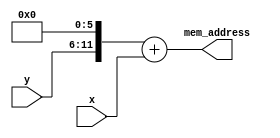
module translateLinkSprite64x48(input [5:0]x, input [5:0] y, output reg[11:0]mem_address);
	always@(*)begin
		mem_address = ({1'b0, y, 6'd0} + x);
	end
endmodule